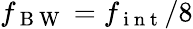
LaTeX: f_{\mathrm{~B~W~}}=f_{\mathrm{~i~n~t~}}/8